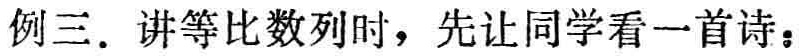
例三. 讲等比数列时，先让同学看一首诗：